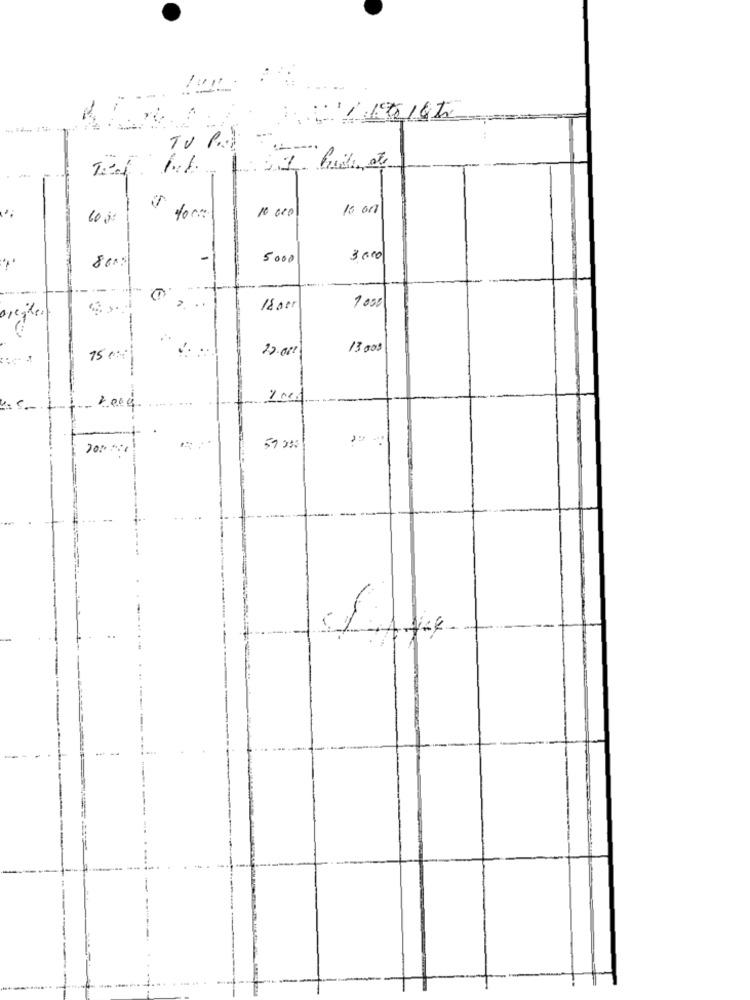
1:011
TV P.
1.1.
10 010
60;
for
10 000
-
5000
3 600
2
18 per
9000
arcite.
22.000
13 005
150
59 3%
..